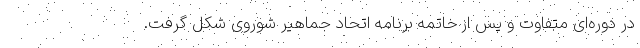
در دوره‌ای متفاوت و پس از خاتمه برنامه اتحاد جماهیر شوروی شکل گرفت.